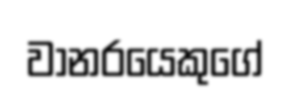
වානරයෙකුගේ